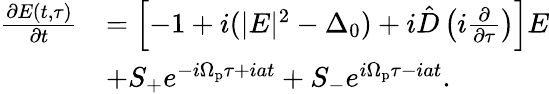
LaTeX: \begin{array}{rl}{\frac{\partial E(t,\tau)}{\partial t}}&{=\left[-1+i(|E|^{2}-\Delta_{0})+i\hat{D}\left(i\frac{\partial}{\partial\tau}\right)\right]E}\\ &{+S_{+}e^{-i\Omega_{\mathrm{p}}\tau+iat}+S_{-}e^{i\Omega_{\mathrm{p}}\tau-iat}.}\end{array}